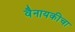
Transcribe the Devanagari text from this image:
वैनायकीचा